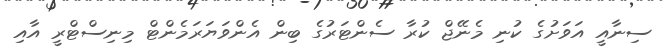
ސިނާއީ އަވަށުގެ ކުނި މެނޭޖް ކުރާ ސެންޓަރުގެ ބިން އެންވަޔަރަމެންޓް މިނިސްޓްރީ އާއި